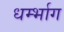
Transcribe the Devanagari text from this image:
धर्म्भाग